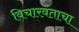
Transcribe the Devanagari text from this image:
विचारवंताचा